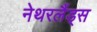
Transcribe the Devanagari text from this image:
नेथरलैंड्स